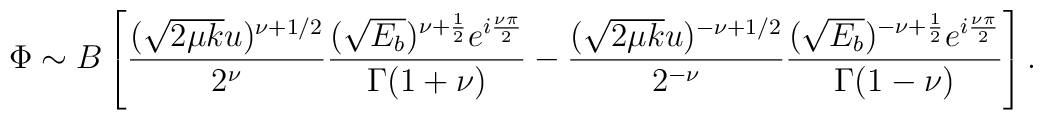
\Phi\sim B \left[\frac{(\sqrt{2\mu k}u)^{\nu+1/2}}{2^{\nu}}\frac{(\sqrt{E_b})^{\nu+\frac{1}{2}}e^{i\frac{\nu\pi}{2}}}{\Gamma(1+\nu)}-\frac{(\sqrt{2\mu k}u)^{-\nu+1/2}}{2^{-\nu}}\frac{(\sqrt{E_b})^{-\nu+\frac{1}{2}}e^{i\frac{\nu\pi}{2}}}{\Gamma(1-\nu)}\right].